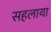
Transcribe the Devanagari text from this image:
सहलाया